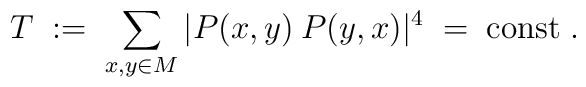
T \;:=\; \sum_{x,y \in M} |P(x,y) \:P(y,x)|^4 \;=\; {\mbox{const}} \;.